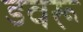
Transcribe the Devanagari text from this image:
डवरू